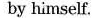
by himself.